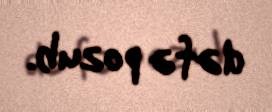
dəfə pozub.